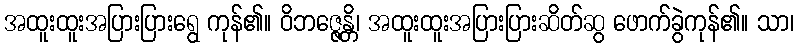
အထူးထူးအပြားပြားရွေ ကုန်၏။ ဝိဘဇ္ဇေန္တိ၊ အထူးထူးအပြားပြားဆိတ်ဆွ ဖောက်ခွဲကုန်၏။ သာ၊